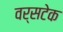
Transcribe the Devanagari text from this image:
वर्सटेक